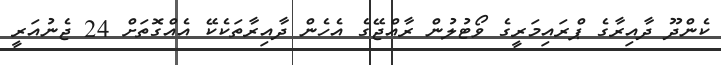
ކެންދޫ ދާއިރާގެ ޕްރައިމަރީގެ ވޯޓުލުން ރާއްޖޭގެ އެހެން ދާއިރާތަކެކޭ އެއްގޮތަށް 24 ޖެނުއަރީ